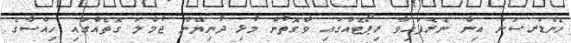
ހެންޑަރސަން އިން ނެރެފައިވާ ރިޕޯޓެއްގައި ވާގޮތުން މުޅި ދުނިޔޭން ޖުމްލަ ގޮތެއްގައި ހިއްސާގެ